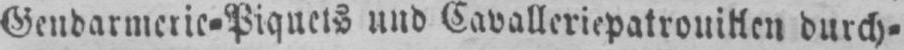
Gendarmerie⸗Piquets und Cavalleriepatrouillen durch⸗